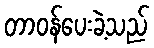
တာဝန်ပေးခဲ့သည်